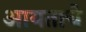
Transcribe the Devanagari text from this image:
आयताचे